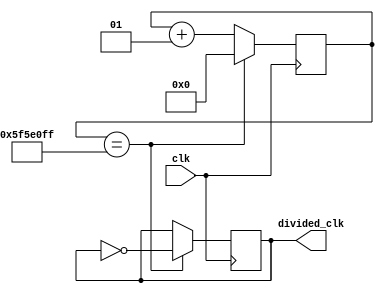
`timescale 1ns / 1ps

// counter based
module clock_divider(
  input wire clk, // 50MHz
  output reg divided_clk = 0 // 1 Hz => 0.5s ON and 0.5s OFF
  );

// division value = 50MHz / (2 * desired frequency) - 1
localparam div_value = 99999999;
integer counter_value = 0;  // 32 bit wide reg bus

always@ (posedge clk)
begin
  if (counter_value == div_value)
    counter_value <= 0;
  else
    counter_value <= counter_value + 1; 
end

// Divide the clock. This could be done above, putting here for clarity
always@ (posedge clk)
begin  
  if (counter_value == div_value)
    divided_clk <= ~divided_clk;
end

endmodule